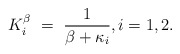
\begin{align*}K_i^\beta \ = \ \frac{1}{\beta + \kappa_i}, i=1,2.\end{align*}